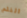
الفلم